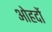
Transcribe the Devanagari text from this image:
अोहदों